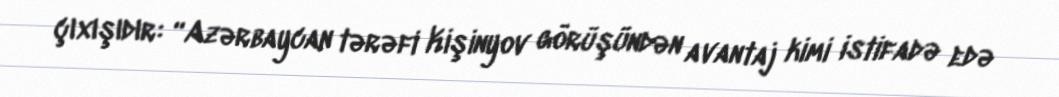
çıxışıdır: “Azərbaycan tərəfi Kişinyov görüşündən avantaj kimi istifadə edə